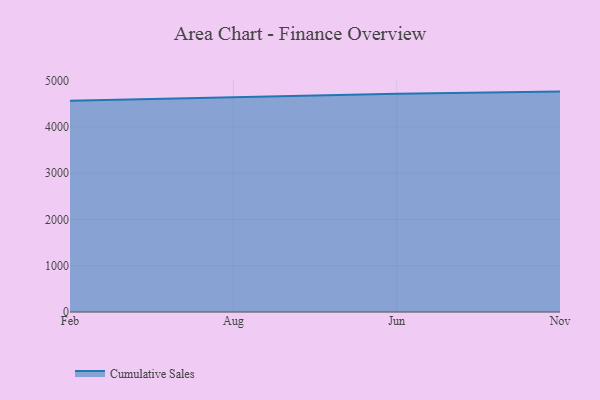
{"axis": {"x": "Month", "y": "Latency (ms)"}, "legend": ["Cumulative Sales"], "data": [{"x": "Feb", "y": 4560.8, "type": "Cumulative Sales"}, {"x": "Aug", "y": 4629.6, "type": "Cumulative Sales"}, {"x": "Jun", "y": 4712.7, "type": "Cumulative Sales"}, {"x": "Nov", "y": 4759.7, "type": "Cumulative Sales"}]}